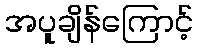
အပူချိန်ကြောင့်